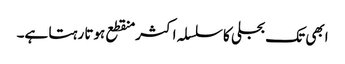
ابھی تک بجلی کا سلسلہ اکثر منقطع ہوتا رہتا ہے۔